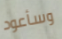
وسأعود